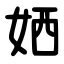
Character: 㛉